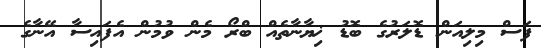
ފަސް މިލިއަން ޑޮލަރުގެ ބޮޑު ޚިޔާނާތެއް ބްރޯ މެން ވުމުން އެފައިސާ އޭނާގެ